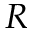
R